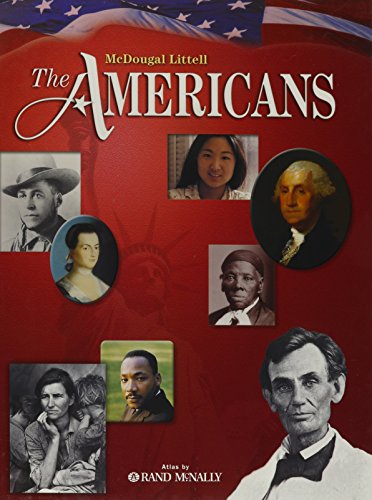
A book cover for The Americans: Student Edition 2007; MCDOUGAL LITTEL; Teen & Young Adult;